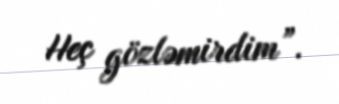
Heç gözləmirdim”.